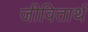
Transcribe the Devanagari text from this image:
जीवितार्थ